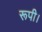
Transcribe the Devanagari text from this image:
रूपी।